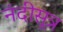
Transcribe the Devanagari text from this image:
नंदीसूत्र